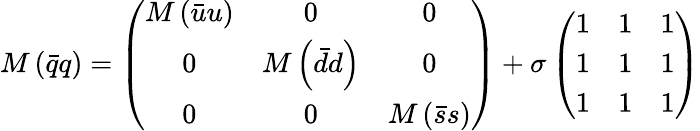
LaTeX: M\left(\bar{q}q\right)=\left(\begin{array}{ccc}{{M\left(\bar{u}u\right)}}&{{0}}&{{0}}\\ {{0}}&{{M\left(\bar{d}d\right)}}&{{0}}\\ {{0}}&{{0}}&{{M\left(\bar{s}s\right)}}\end{array}\right)+\sigma\left(\begin{array}{ccc}{{1}}&{{1}}&{{1}}\\ {{1}}&{{1}}&{{1}}\\ {{1}}&{{1}}&{{1}}\end{array}\right)